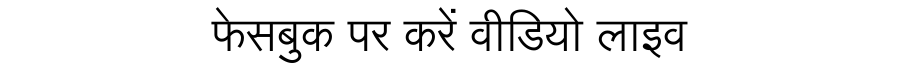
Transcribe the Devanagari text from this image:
फेसबुक पर करें वीडियो लाइव